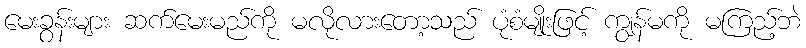
မေးခွန်းများ ဆက်မေးမည်ကို မလိုလားတော့သည် ပုံစံမျိုးဖြင့် ကျွန်မကို မကြည့်ဘဲ